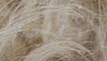
يختبىء